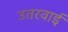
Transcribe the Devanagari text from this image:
उतरवाई